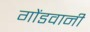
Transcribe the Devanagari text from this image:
गोंडवानी